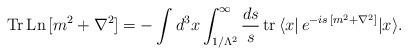
\begin{align*}{\rm Tr\,Ln}\,[m^2 + \nabla^2]=-\int d^3 x \int_{1/\Lambda^2}^{\infty}\frac{ds}{s}\,{\rm tr}\, \langle x|\,e^{-is\,[m^2 + \nabla^2]}|x \rangle. \end{align*}